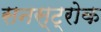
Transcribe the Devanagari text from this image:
सनस्ट्रोक